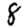
Digit: 8